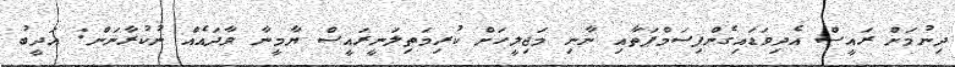
ދިނުމަށް ރައީސް އެދިވަޑައިގެންފިސަމްޕަތާއި ނާނި މަޖިލީހަށް ކުރިމަތިލަނީރައީސް ޔާމީނާ ވާދައެއް ނުކުރާނަން: އަދީބު